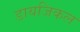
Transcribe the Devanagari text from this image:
डायजिकल